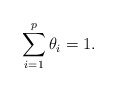
\begin{align*}\sum_{i=1}^{p}\theta_{i}=1.\end{align*}